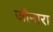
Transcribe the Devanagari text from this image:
जौनारा